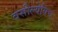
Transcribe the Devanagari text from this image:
वसील्येविच